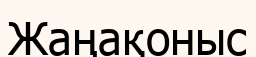
Жаңақоныс